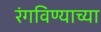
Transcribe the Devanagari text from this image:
रंगविण्याच्या